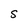
Character: S